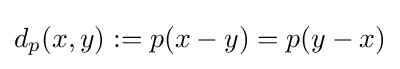
d_{p}(x,y):=p(x-y)=p(y-x)